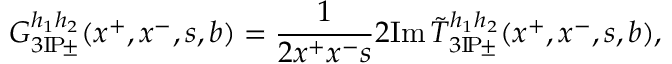
G _ { 3 \mathrm { I } \! \mathrm { P } \! \pm } ^ { h _ { 1 } h _ { 2 } } ( x ^ { + } , x ^ { - } , s , b ) = \frac { 1 } { 2 x ^ { + } x ^ { - } s } 2 \mathrm { I m } \, \tilde { T } _ { 3 \mathrm { I } \! \mathrm { P } \! \pm } ^ { h _ { 1 } h _ { 2 } } ( x ^ { + } , x ^ { - } , s , b ) ,